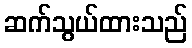
ဆက်သွယ်ထားသည်